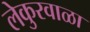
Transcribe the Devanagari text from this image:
लेकुरवाळा